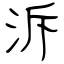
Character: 泝